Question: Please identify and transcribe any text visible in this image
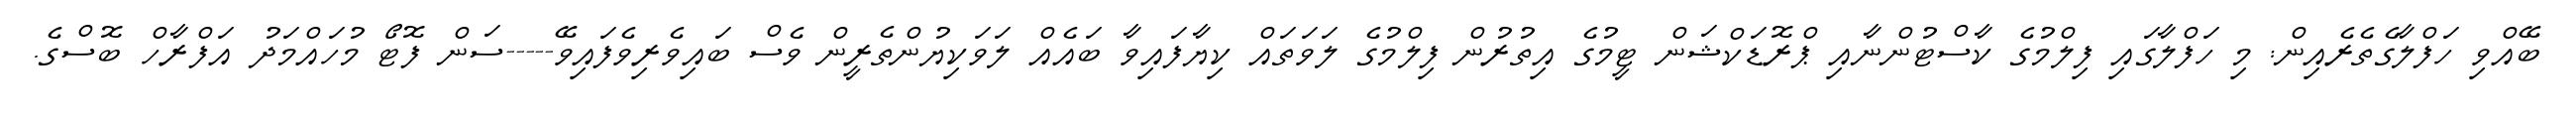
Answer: ބޭއްވި ހަފްލާގެތެރެއިން: މި ހަފްލާގައި ފިލްމުގެ ކާސްޓުންނާއި ޕްރޮޑަކްޝަން ޓީމުގެ އިތުރުން ފިލްމުގެ ލަވަތައް ކިޔާފައިވާ ބައެއް ލަވަކިޔުންތެރީން ވެސް ބައިވެރިވެފައިވޭ-----ސަން ފޮޓޯ މުހައްމަދު އަފްރާހް ބޮސްގެ.